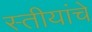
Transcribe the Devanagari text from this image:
स्तीयांचे